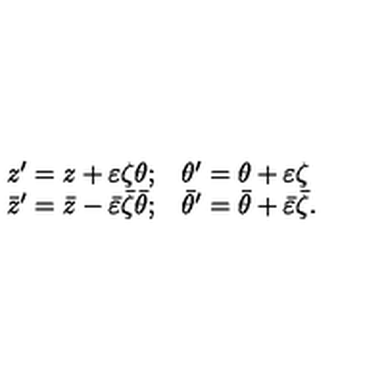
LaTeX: \begin{array} { l l } { z ^ { \prime } = z + \varepsilon \zeta \theta ; } & { \theta ^ { \prime } = \theta + \varepsilon \zeta } \\ { \bar { z } ^ { \prime } = \bar { z } - \bar { \varepsilon } \bar { \zeta } \bar { \theta } ; } & { \bar { \theta } ^ { \prime } = \bar { \theta } + \bar { \varepsilon } \bar { \zeta } . } \\ \end{array}